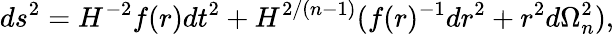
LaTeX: ds^{2}=H^{-2}f(r)dt^{2}+H^{2/(n-1)}(f(r)^{-1}dr^{2}+r^{2}d\Omega_{n}^{2}),